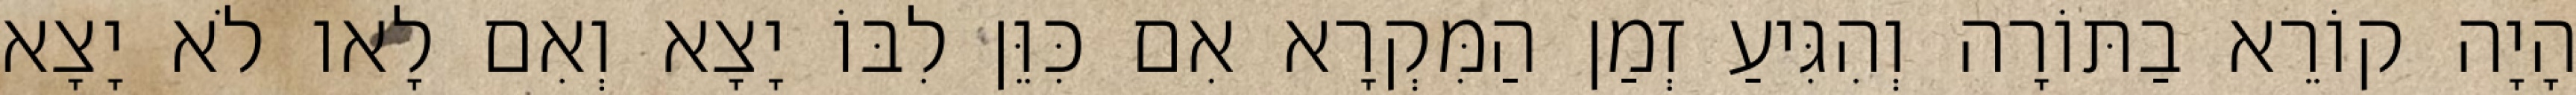
הָיָה קוֹרֵא בַתּוֹרָה וְהִגִּיעַ זְמַן הַמִּקְרָא אִם כִּוֵּן לִבּוֹ יָצָא וְאִם לָאו לֹא יָצָא